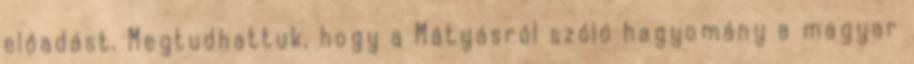
előadást. Megtudhattuk, hogy a Mátyásról szóló hagyomány a magyar